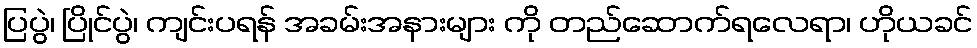
ပြပွဲ၊ ပြိုင်ပွဲ၊ ကျင်းပရန် အခမ်းအနားများ ကို တည်ဆောက်ရလေရာ၊ ဟိုယခင်